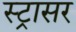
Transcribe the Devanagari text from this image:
स्ट्रासर